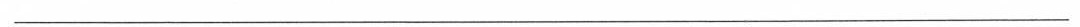
___